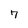
Character: 7